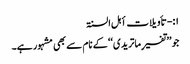
۱:- تأویلات أہل السنۃ
جو ’’تفسیرِ ماتریدی‘‘ کے نام سے بھی مشہور ہے۔